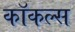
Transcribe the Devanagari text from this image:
कॉकल्स